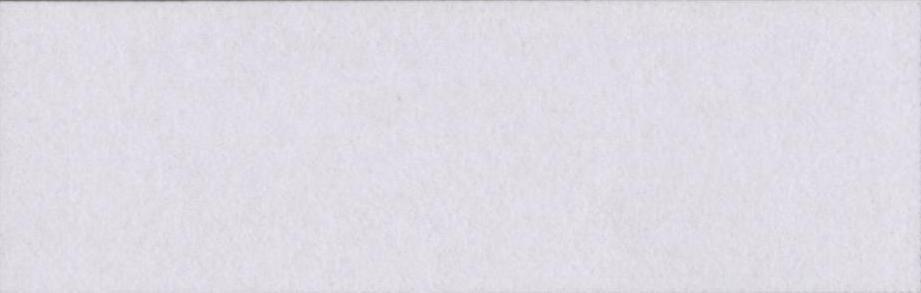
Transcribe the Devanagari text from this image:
अर्जेंटीनी